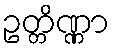
ဥတ္တိဏ္ဏာ